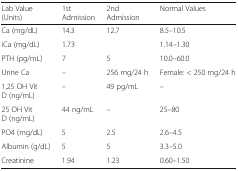
| Lab Value (Units) | 1st Admission | 2nd Admission | Normal Values |
 | --- | --- | --- | --- |
 | Ca (mg/dL) | 14.3 | 12.7 | 8.5–10.5 |
 | iCa (mg/dL) | 1.73 |  | 1.14–1.30 |
 | PTH (pg/mL) | 7 | 5 | 10.0–60.0 |
 | Urine Ca | – | 256 mg/24 h | Female: < 250 mg/24 h |
 | 1,25 OH Vit D (ng/mL) | – | 49 pg/mL | – |
 | 25 OH Vit D (ng/mL) | 44 ng/mL | – | 25–80 |
 | PO4 (mg/dL) | 5 | 2.5 | 2.6–4.5 |
 | Albumin (g/dL) | 5 | 5 | 3.3–5.0 |
 | Creatinine | 1.94 | 1.23 | 0.60–1.50 |